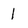
Character: 1